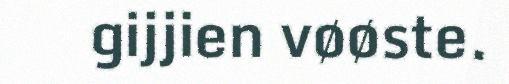
gijjien vøøste.